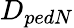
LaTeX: D_{pedN}